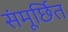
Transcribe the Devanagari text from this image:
संमूर्छित